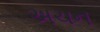
અચન